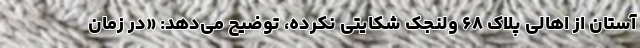
آستان از اهالی پلاک ۶۸ ولنجک شکایتی نکرده، توضیح می‌دهد: «در زمان